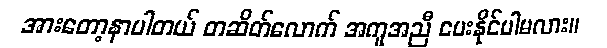
အားတော့နာပါတယ် တဆိတ်လောက် အကူအညီ ပေးနိုင်ပါမလား။